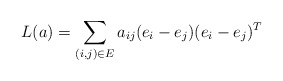
\begin{align*}L(a)=\sum_{(i,j)\in E}a_{ij}(e_{i}-e_{j})(e_{i}-e_{j})^{T}\end{align*}